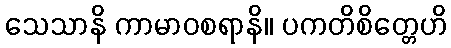
သေသာနိ ကာမာဝစရာနိ။ ပကတိစိတ္တေဟိ